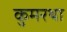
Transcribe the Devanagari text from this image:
कुमरथा